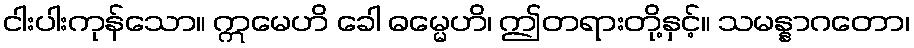
ငါးပါးကုန်သော။ ဣမေဟိ ခေါ ဓမ္မေဟိ၊ ဤတရားတို့နှင့်။ သမန္နာဂတော၊